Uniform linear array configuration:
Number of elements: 12
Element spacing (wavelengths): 0.25
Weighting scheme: binomial
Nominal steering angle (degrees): -60
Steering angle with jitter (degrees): -61.457
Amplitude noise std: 0.05
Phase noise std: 0.05

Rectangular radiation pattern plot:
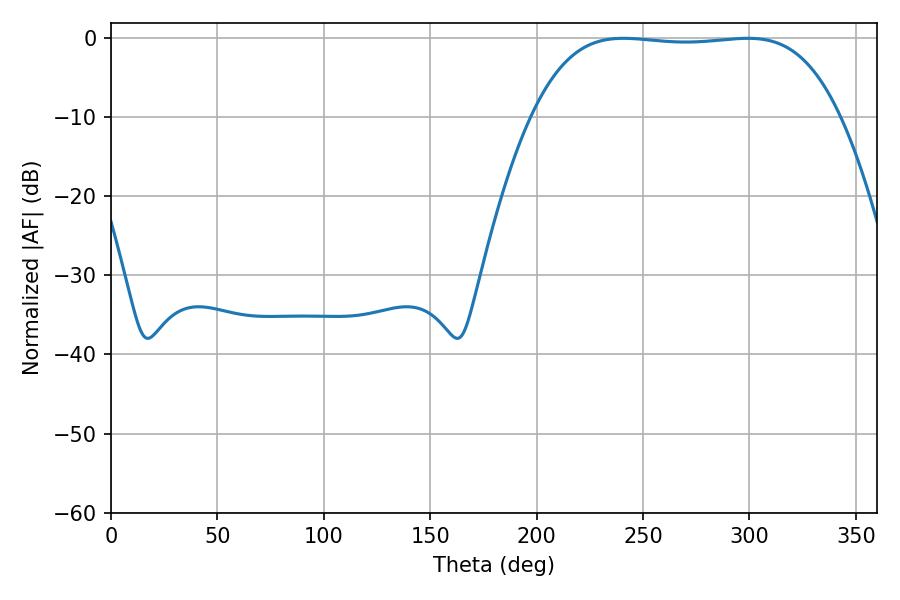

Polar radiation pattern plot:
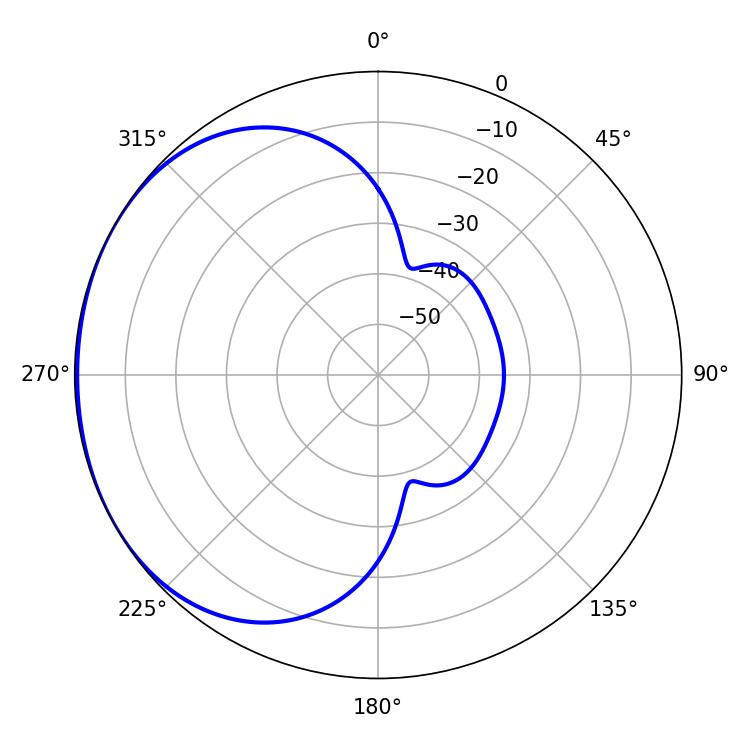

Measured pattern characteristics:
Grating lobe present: FALSE
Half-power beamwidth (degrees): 112.68
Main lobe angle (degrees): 299.16